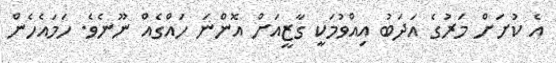
އެ ކުށަށް މަރުގެ އަދަބު އިއްވުމަކީ ގާޒީއަށް އޮންނަ ހައްގެއް ނޫނެވެ. ހަމައެހެން